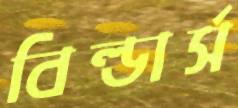
বিল্ডার্স